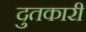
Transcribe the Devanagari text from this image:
दुतकारी